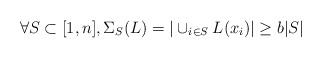
\begin{align*}\forall S\subset[1,n], \Sigma_{S}(L)=|\cup_{i\in S} L(x_i)|\ge b|S| \end{align*}